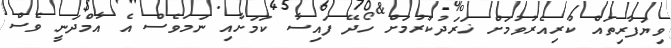
ވިޔަފާރިތައް ކުރިއެރުވުމަށް ޚަރަދުކުރުމަށް ހޯދޭ ފައިސާ ކަމަށާއި ނަމަވެސް އެ އާމްދަނީ ވެސް